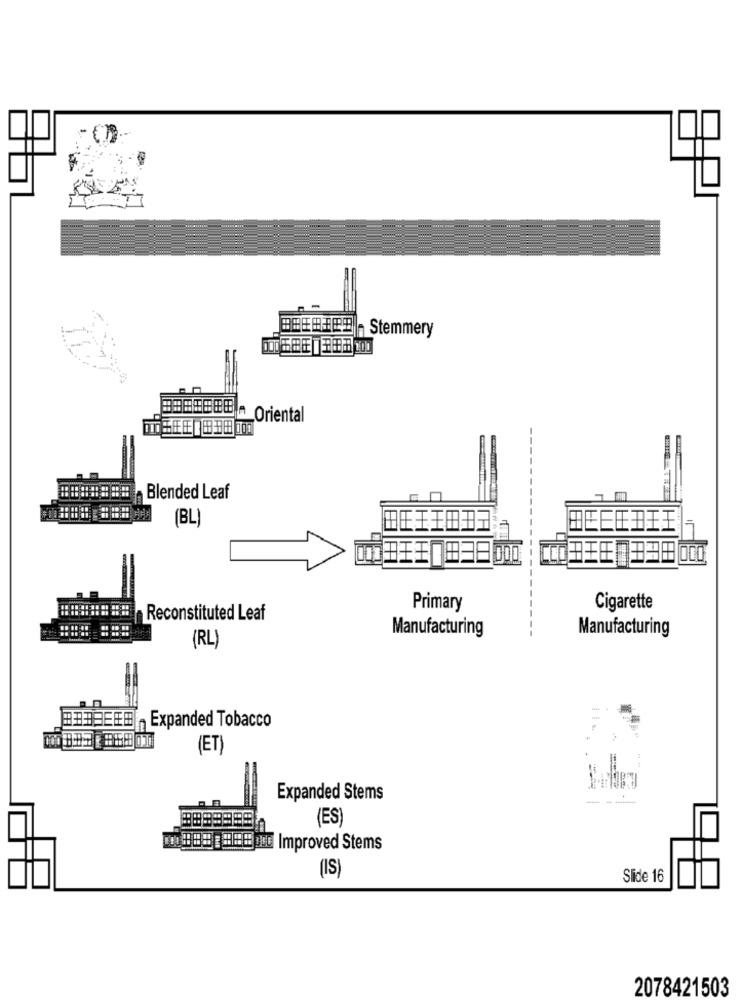
Stemmery
Oriental
Blended Leaf
(BL
Primary
Cigarette
Reconstituted Leaf
Manufacturing
Manufacturing
(RL)
Expanded Tobacco
(ET
Expanded Stems
(ES)
Improved Stems
(IS)
Slide 16
2078421503